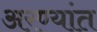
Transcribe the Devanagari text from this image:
अरण्यांत